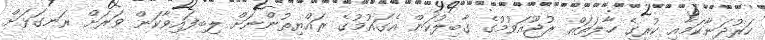
ހަރުދަނާކަމާއި ކުރީގެ ހާލަތައް ރުޖޫއަވުމުގެ ގާބިލުކަން އެގައުމުގެ ރައްޔިތުންނަށް ލިބިފައިވާކަން ވަރަށް ރަނގަޅަށް